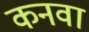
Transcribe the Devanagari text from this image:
कनवा